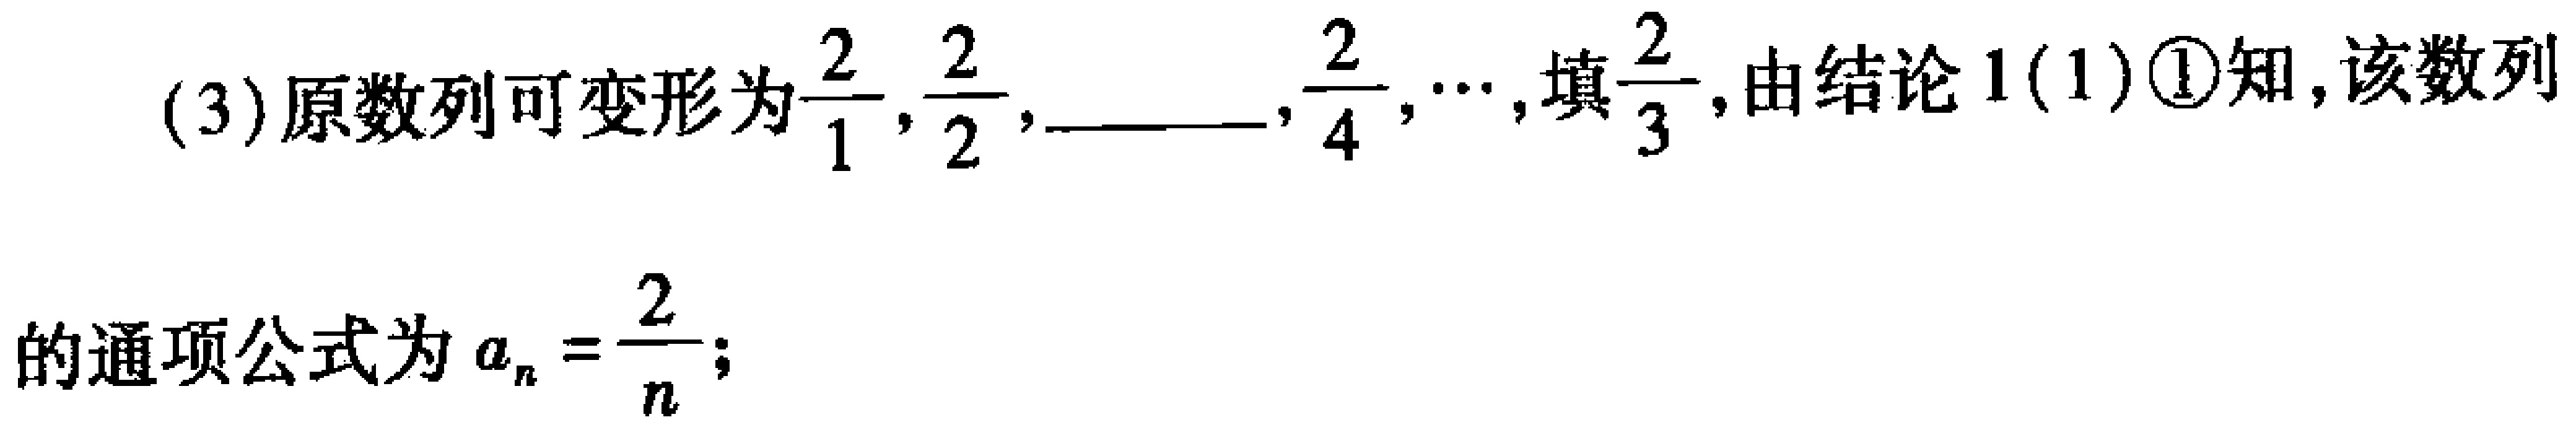
(3)原数列可变形为$\frac{2}{1},\frac{2}{2},\underline{\quad\quad},\frac{2}{4},\cdots$,填$\frac{2}{3}$,由结论1(1)\textcircled{1}知,该数列
的通项公式为$a_{n}=\frac{2}{n}$;